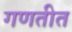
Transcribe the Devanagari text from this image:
गणतीत